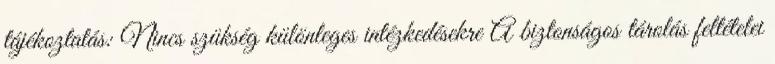
tájékoztatás: Nincs szükség különleges intézkedésekre A biztonságos tárolás feltételei